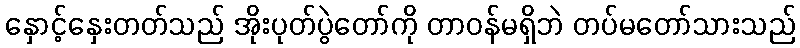
နှောင့်နှေးတတ်သည် အိုးပုတ်ပွဲတော်ကို တာဝန်မရှိဘဲ တပ်မတော်သားသည်